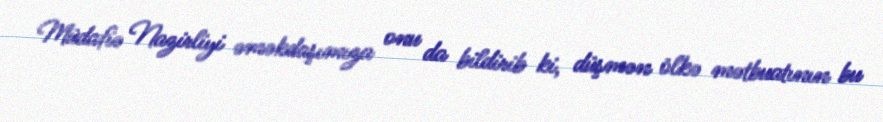
Müdafiə Nazirliyi əməkdaşımıza onu da bildirib ki, düşmən ölkə mətbuatının bu